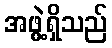
အဖွဲ့ရှိသည်